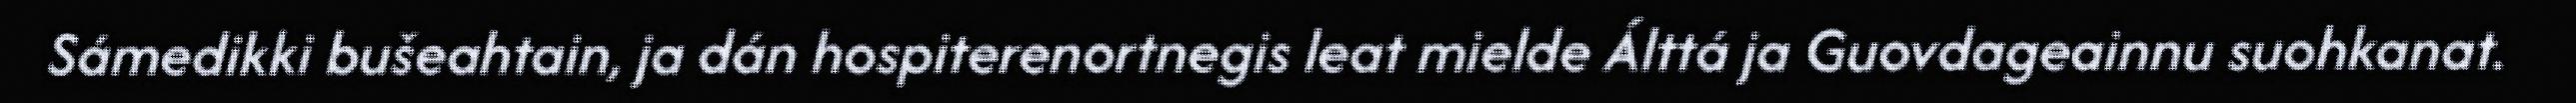
Sámedikki bušeahtain, ja dán hospiterenortnegis leat mielde Álttá ja Guovdageainnu suohkanat.